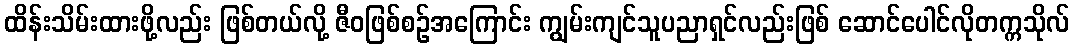
ထိန်းသိမ်းထားဖို့လည်း ဖြစ်တယ်လို့ ဇီဝဖြစ်စဉ်အကြောင်း ကျွမ်းကျင်သူပညာရှင်လည်းဖြစ် ဆောင်ပေါင်လိုတက္ကသိုလ်